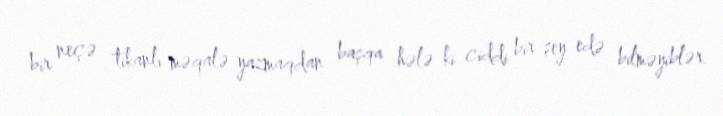
bir neçə tikanlı məqalə yazmaqdan başqa hələ ki ciddi bir şey edə bilməyiblər.